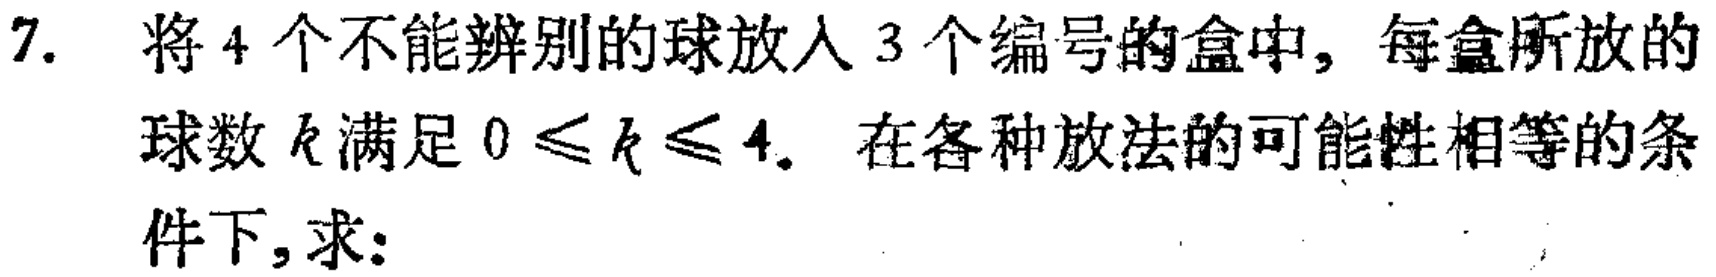
7. 将4个不能辨别的球放入3个编号的盒中，每盒所放的球数\(k\)满足\(0\leqslant k\leqslant 4\). 在各种放法的可能性相等的条件下，求：